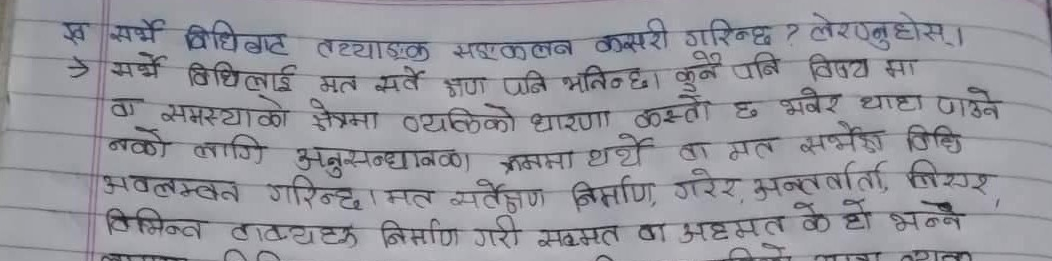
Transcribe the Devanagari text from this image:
इस सर्भे विधिबाट तथ्याङ्‌क सकलन कसरी गरिन्छ ? लेरण्नुहोस् ।
> सर्भे विधिलाई मत सर्वे अण पनि भनिन्छ। कुनै पनि विषय मा
वा समस्याको क्षेत्रमा व्यक्तिको धारणा कस्तो छ भनेर थाहा पाउने
नको लागि अनुसन्धानका क्रममा धर्थे वा मत सभेष विधि
अवलम्बन गरिन्छ । मत सर्वेक्षण निर्माण, गरेर, अन्तर्वार्ता, सिर,
विभिन्न वाक्यहरु निर्माण गरी सक्मत वा अहमत के हो भन्ने
00